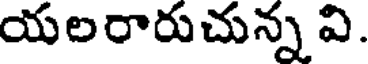
యలరారుచున్న వి.